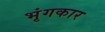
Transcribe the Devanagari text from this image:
भृंगकार